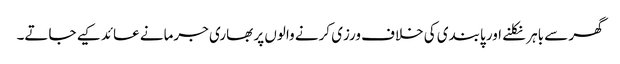
گھر سے باہر نکلنے اور پابندی کی خلاف ورزی کرنے والوں پر بھاری جرمانے عائد کیے جاتے۔